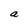
Character: a